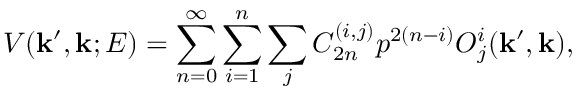
V ( { \bf k } ^ { \prime } , { \bf k } ; E ) = \sum _ { n = 0 } ^ { \infty } \sum _ { i = 1 } ^ { n } \sum _ { j } C _ { 2 n } ^ { ( i , j ) } p ^ { 2 ( n - i ) } { \cal O } _ { j } ^ { i } ( { \bf k } ^ { \prime } , { \bf k } ) ,